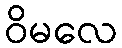
ဝိမလေ